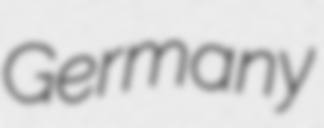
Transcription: Germany